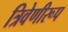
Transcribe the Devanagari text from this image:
त्रिवेणीरूप